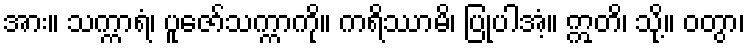
အား။ သက္ကာရံ၊ ပူဇော်သက္ကာကို။ ကရိဿာမိ၊ ပြုပါအံ့။ ဣတိ၊ သို့။ ဝတွာ၊